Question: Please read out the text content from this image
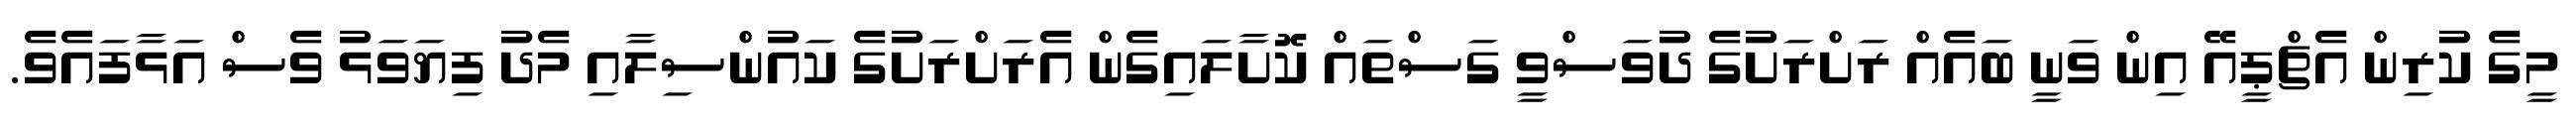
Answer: މީގެ ކުރިން އެޗްޕީއޭ އިން ވަނީ ބައެއް ރަށްރަށުގެ ދުވަސްވީ ގަސްތައް ކޮށާލައިގެން އެރަށްރަށުގެ ކައުންސިލާއި މެދު ފިޔަވަޅު ވެސް އަޅާފައެވެ.